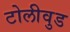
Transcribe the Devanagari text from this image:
टोलीवुड